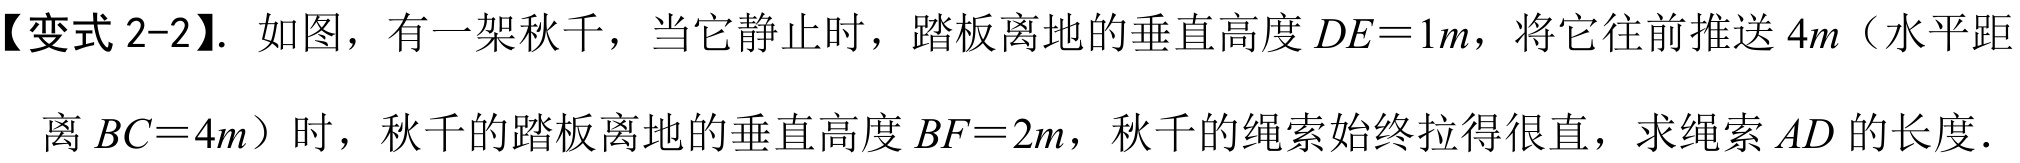
【变式 2-2】. 如图，有一架秋千，当它静止时，踏板离地的垂直高度 \(DE = 1m\)，将它往前推送 \(4m\)（水平距
离 \(BC = 4m\)）时，秋千的踏板离地的垂直高度 \(BF = 2m\)，秋千的绳索始终拉得很直，求绳索 \(AD\) 的长度．